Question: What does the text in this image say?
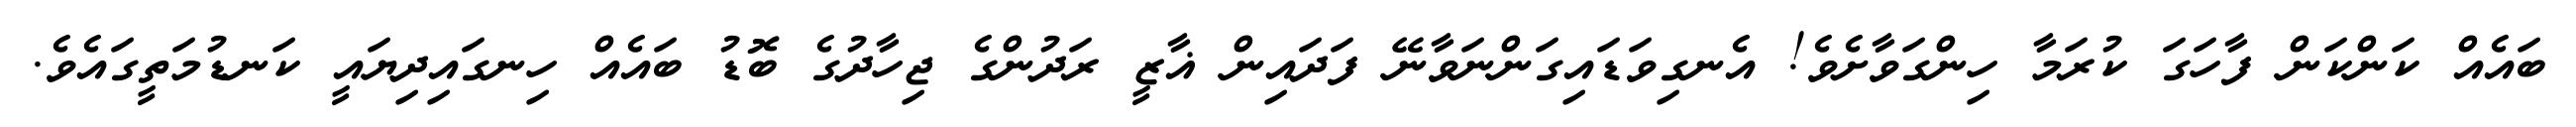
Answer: ބައެއް ކަންކަން ފާހަގަ ކުރަމާ ހިންގަވާށެވެ! އެނގިވަޑައިގަންނަވާނޭ ފަދައިން ޣާޒީ ރަދުންގެ ޖިހާދުގެ ބޮޑު ބައެއް ހިނގައިދިޔައީ ކަނޑުމަތީގައެވެ.